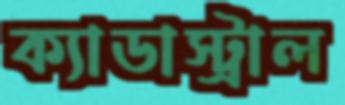
ক্যাডাস্ট্রাল